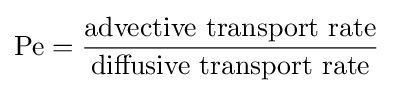
\mathrm {Pe} ={\dfrac {\text{advective transport rate}}{\text{diffusive transport rate}}}